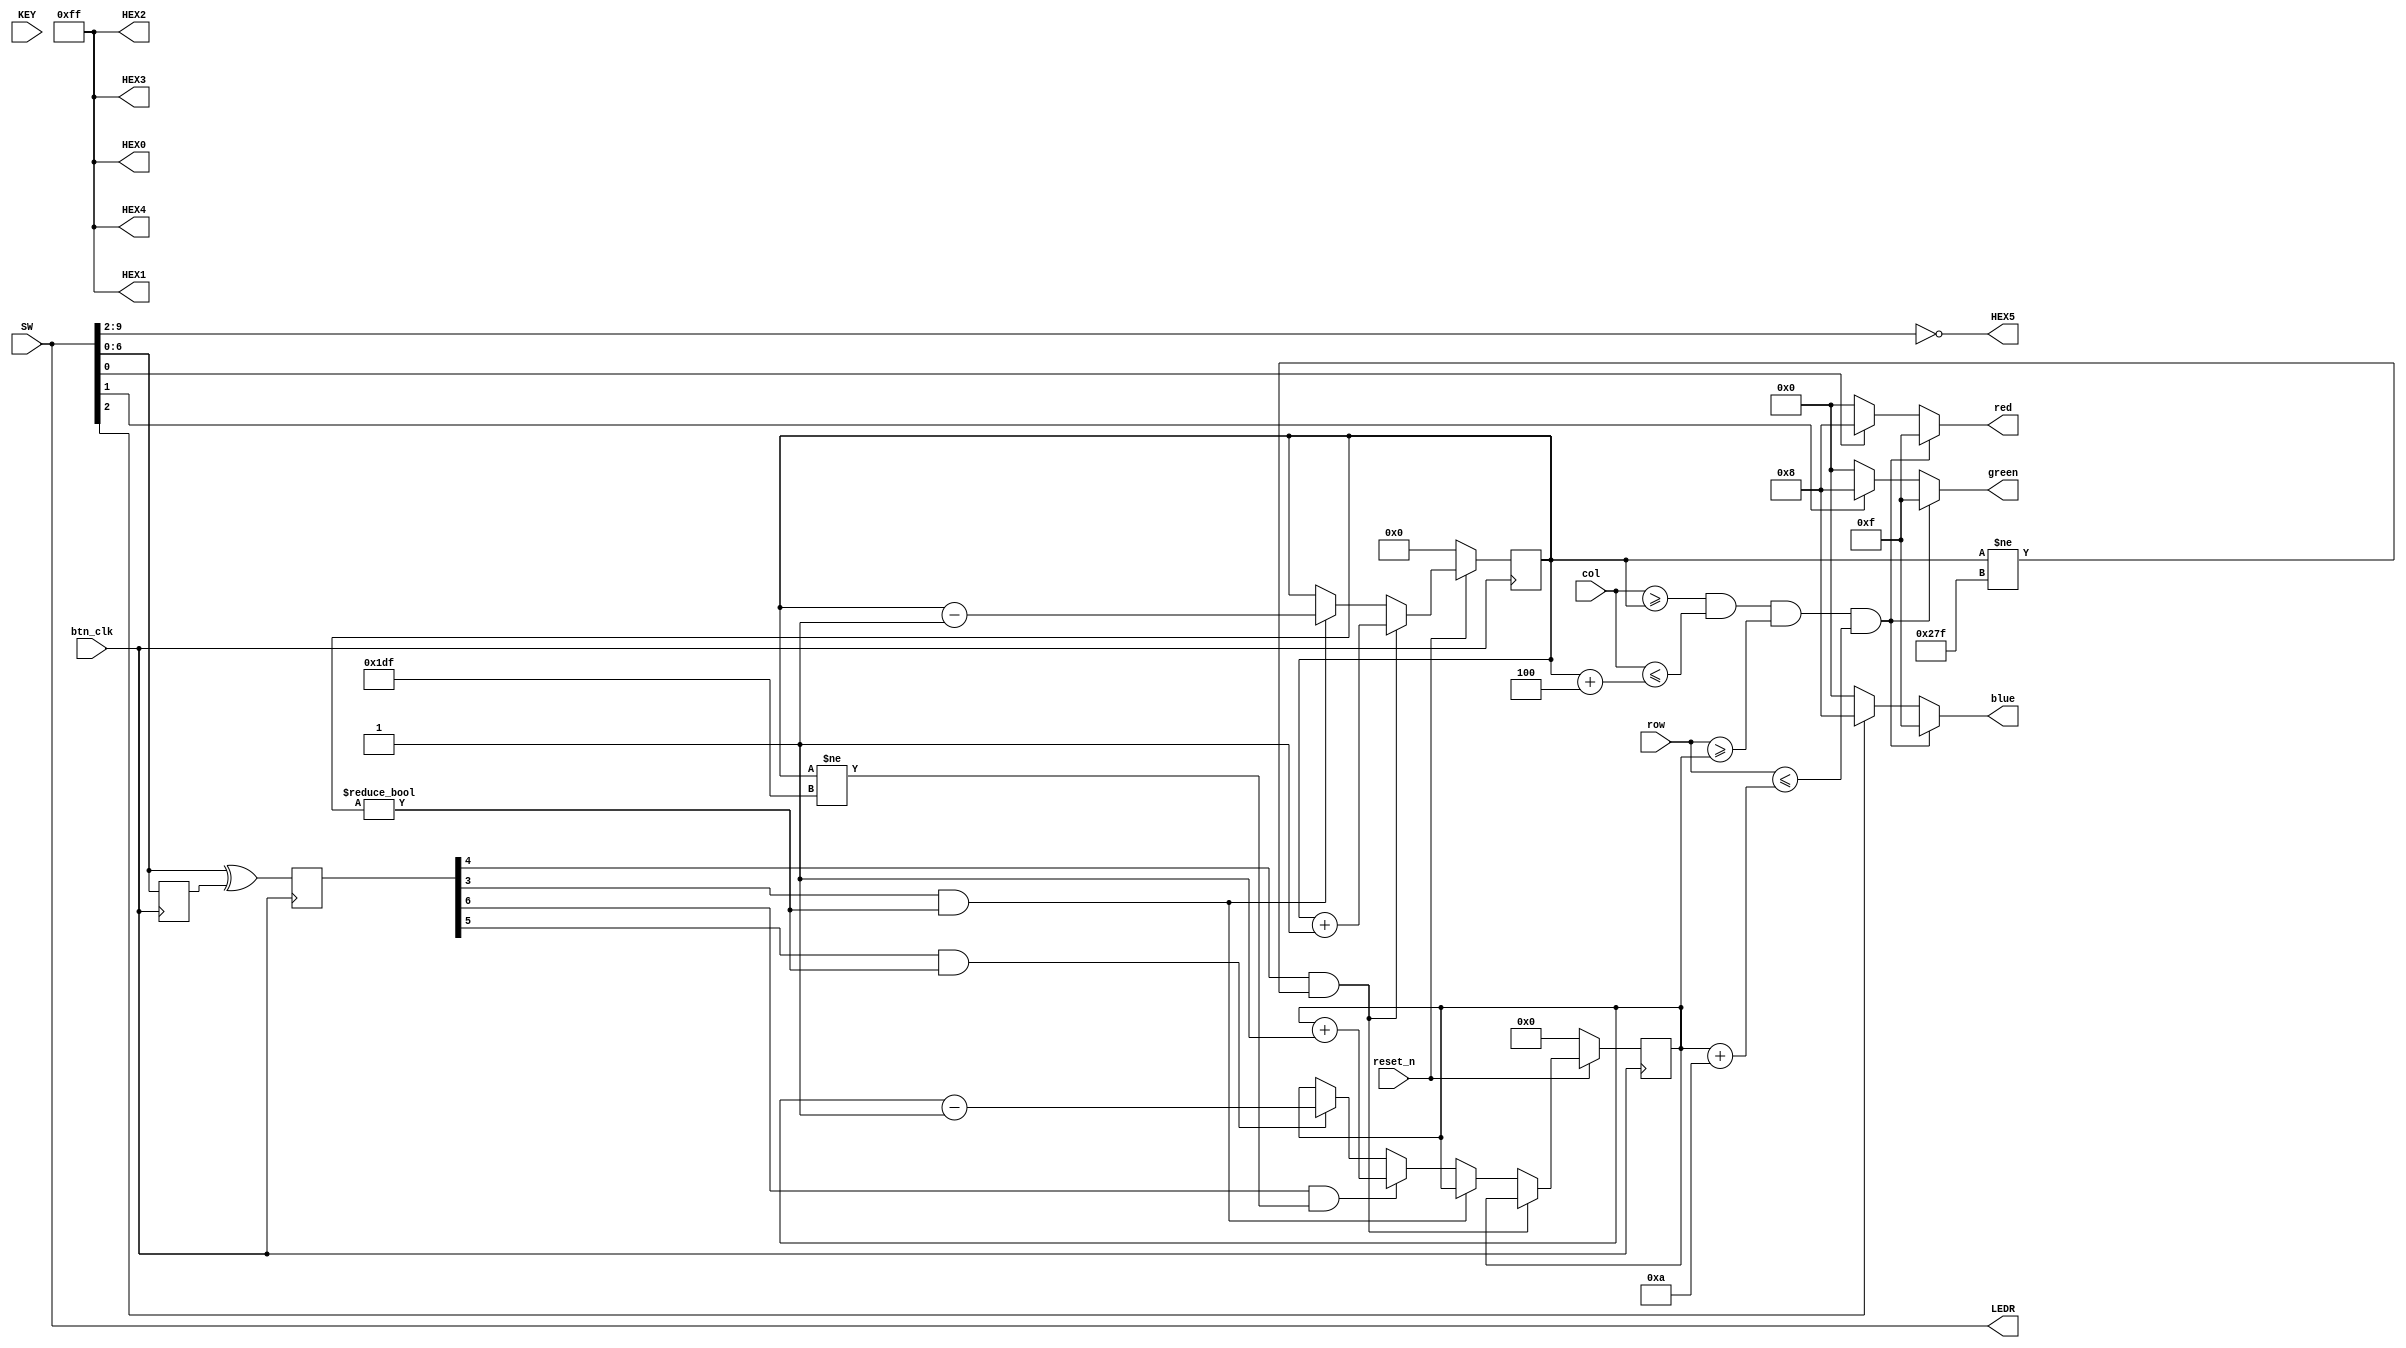
//============================================================================
// comb_ckt_generator.v
//
// This code is generated by Terasic System Builder
// and modified by M. Hildebrand and B. Baas
//
// 2018/02/05 First version
// 2018/04/24 Routed all board-level switches and LEDs to and from this module
//============================================================================

module comb_ckt_generator (
   // VGA-related signals
   col,
   row,
	btn_clk, 
	reset_n,
   red,
   green,
   blue,
   // input push buttons and switches
   KEY,
   SW,
   // output LEDs and 7-segment displays
   LEDR,
   HEX0,
   HEX1,
   HEX2,
   HEX3,
   HEX4,
   HEX5
   );
input btn_clk;           // Pixel clock
input reset_n;             // Active low synchronous reset
input  [9:0]  col;
input  [8:0]  row;
output [3:0]  red;    // 4-bit color output
output [3:0]  green;  // 4-bit color output
output [3:0]  blue;   // 4-bit color output

// input push buttons and switches
input  [1:0]  KEY;    // two board-level push buttons KEY1 - KEY0
input  [9:0]  SW;     // ten board-level switches SW9 - SW0

// output LEDs and 7-segment displays
output [9:0]  LEDR;   // ten board-level LEDs LEDR9 - LEDR0
output [7:0]  HEX0;   // board-level 7-segment display
output [7:0]  HEX1;   // board-level 7-segment display
output [7:0]  HEX2;   // board-level 7-segment display
output [7:0]  HEX3;   // board-level 7-segment display
output [7:0]  HEX4;   // board-level 7-segment display
output [7:0]  HEX5;   // board-level 7-segment display


//============================================================================
//  reg/wire declarations
//============================================================================
// More complex implementations will likely declare RGB outputs as regs
// rather than wires
wire [3:0]    red, green, blue;    


//============================================================================
// Board-LED related circuits
//============================================================================

// Temporary simple logic
// The 10 LEDs will light depending on the position of the adjacent 10 switches
assign LEDR = SW;      // ten LEDs assigned to ten switches

// Temporary simple logic
// This block sets the 7-segment HEX displays
// HEX4 - HEX0 are set to all dark
// HEX5 lights segments based on SW9 - SW2
assign HEX0 = 8'b1111_1111;
assign HEX1 = 8'b1111_1111;
assign HEX2 = 8'b1111_1111;
assign HEX3 = 8'b1111_1111;
assign HEX4 = 8'b1111_1111;
assign HEX5 = ~{SW[9], SW[8], SW[7], SW[6], SW[5], SW[4], SW[3], SW[2]};


reg [9:0] SW_dly;     // ten board-level switches SW9 - SW0
reg [9:0] SW_ch; 

always @ (posedge btn_clk) begin
	SW_dly <= SW; 
	SW_ch  <= SW ^ SW_dly; 
end
	

//==============================================================
// VGA display related circuits
//==============================================================



parameter stick_width  = 4; 
parameter stick_height = 10; 

reg  [9:0]  stick_border_hl_c;
reg  [8:0]  stick_border_hl_r;

wire stick_l, stick_r; 
wire stick_u, stick_d; 
assign stick_l = SW_ch[3]; 
assign stick_r = SW_ch[4]; 
assign stick_u = SW_ch[5]; 
assign stick_d = SW_ch[6]; 


always @ (posedge btn_clk)
	if (~reset_n) begin
		stick_border_hl_c <= 0; 
		stick_border_hl_r <= 0; 
	end
	else if (stick_r & stick_border_hl_c != 639) begin
		stick_border_hl_c <= stick_border_hl_c + 1; 
	end
	else if (stick_l & stick_border_hl_c != 0) begin
		stick_border_hl_c <= stick_border_hl_c - 1; 
	end
	else if (stick_d & stick_border_hl_c != 479) begin
		stick_border_hl_r <= stick_border_hl_r + 1; 
	end
	else if (stick_u & stick_border_hl_c != 0) begin
		stick_border_hl_r <= stick_border_hl_r - 1; 
	end
	
reg stick_active; 

always @ (*) begin
	stick_active = (col >= stick_border_hl_c) & (col <= (stick_border_hl_c + stick_width)) & 
						(row >= stick_border_hl_r) & (row <= (stick_border_hl_r + stick_height)); 
end
	
// Temporary simple logic
// Full intensity is SW[0] is '1'. Blank otherwise
assign red     = stick_active ? 4'hf : (SW[0] ? 4'h8 : 4'h0); 
assign green   = stick_active ? 4'hf : (SW[1] ? 4'h8 : 4'h0);
assign blue    = stick_active ? 4'hf : (SW[2] ? 4'h8 : 4'h0);



endmodule